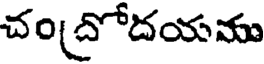
చం(దోదయము